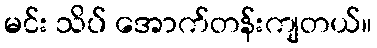
မင်း သိပ် အောက်တန်းကျတယ်။